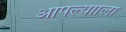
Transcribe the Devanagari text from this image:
आपल्यााला